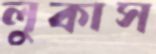
লুকাস